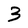
Character: 3